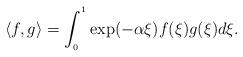
LaTeX: \begin{align*}\langle f,g\rangle =\int_{_{0}}^{^{1}}\exp (-\alpha \xi )f(\xi )g(\xi )d\xi .\end{align*}